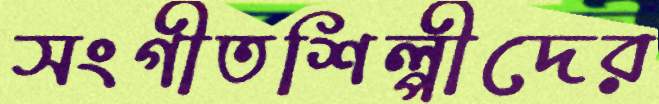
সংগীতশিল্পীদের